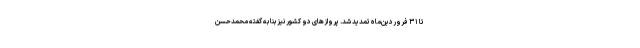
تا ۳۱ فروردین‌ماه تمدید شد. پروازهای دو کشور نیز بنا به گفته محمدحسن